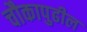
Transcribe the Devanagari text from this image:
चौकापुढील